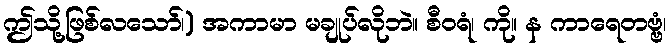
ဤသို့ဖြစ်လသော်၊) အကာမာ မချုပ်လိုဘဲ။ စီဝရံ၊ ကို။ န ကာရေတဗ္ဗံ၊